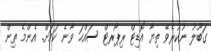
ގަބޫލު ނުކުރެވޭ ތިޔާ އޮޑިޓް ރިޕޯރޓް ސައްހަ ވާނެ ކަމަށް. އެންމެ ތިން